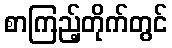
စာကြည့်တိုက်တွင်